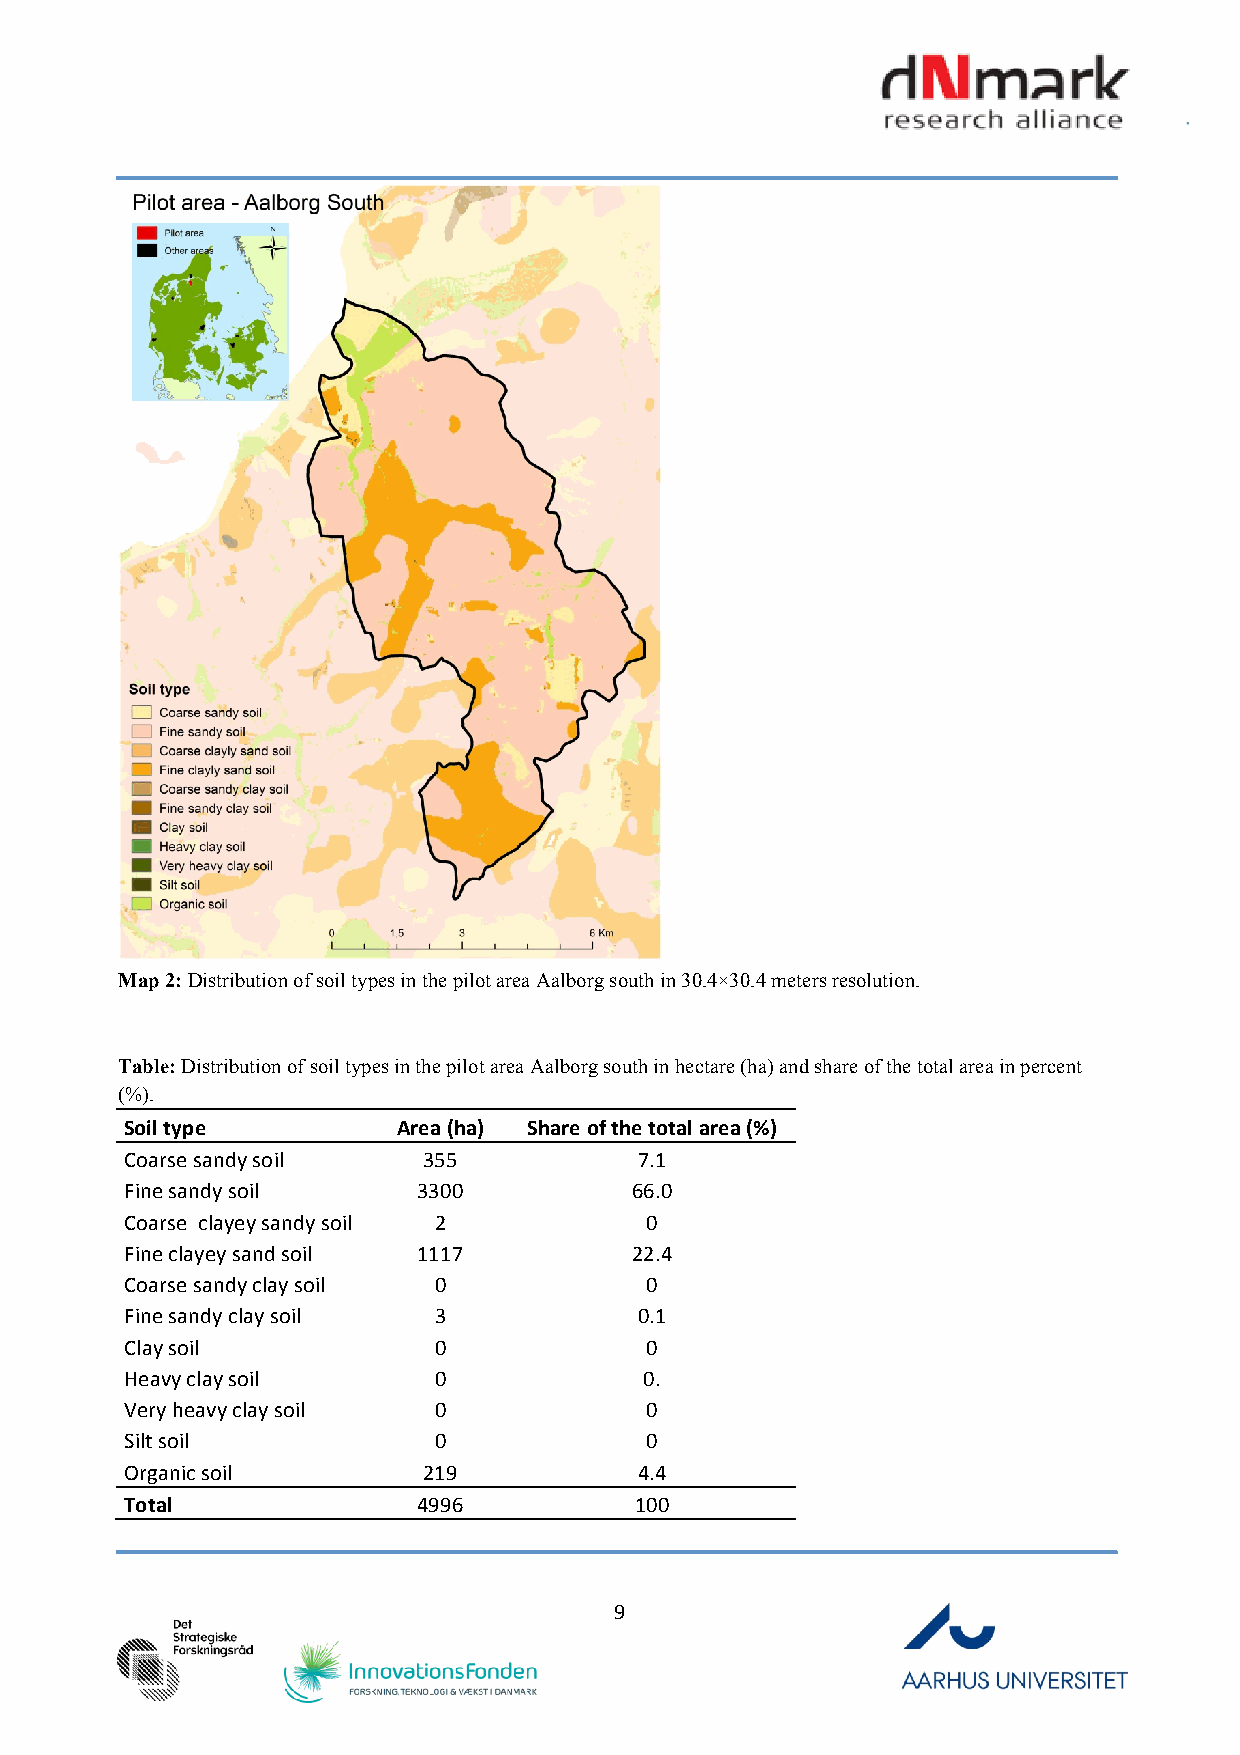
Map 2: Distribution of soil types in the pilot area Aalborg south in 30.4×30.4 meters resolution.
 Table: Distribution of soil types in the pilot area Aalborg south in hectare (ha) and share of the total area in percent
 (%).
 Soil type         Area (ha) Share of the total area (%)
 Coarse sandy soil   355           7.1
 Fine sandy soil     3300          66.0
 Coarse clayey sandy soil 2         0
 Fine clayey sand soil 1117        22.4
 Coarse sandy clay soil 0           0
 Fine sandy clay soil 3            0.1
 Clay soil            0             0
 Heavy clay soil      0             0.
 Very heavy clay soil 0             0
 Silt soil            0             0
 Organic soil        219           4.4
 Total               4996          100
 9